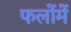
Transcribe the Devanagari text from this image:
फलोंमें